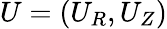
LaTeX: U=(U_{R},U_{Z})